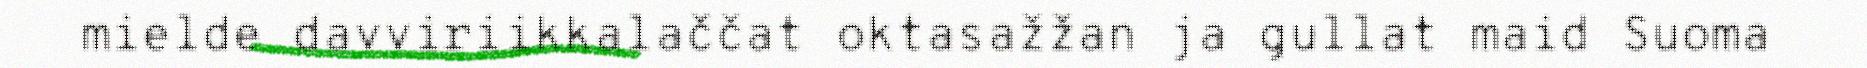
mielde davviriikkalaččat oktasažžan ja gullat maid Suoma